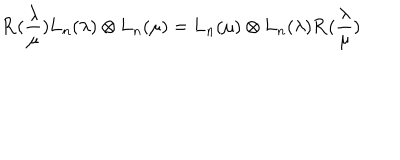
LaTeX: { \bf R } ( \frac { \lambda } { \mu } ) { \bf L } _ { n } ( \lambda ) \otimes { \bf L } _ { n } ( \mu ) = { \bf L } _ { n } ( \mu ) \otimes { \bf L } _ { n } ( \lambda ) { \bf R } ( \frac { \lambda } { \mu } )